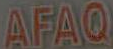
AFAQ